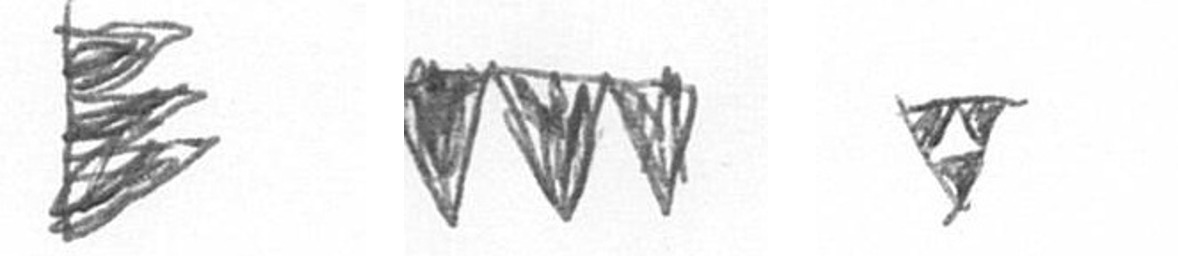
H L S